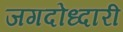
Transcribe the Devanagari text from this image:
जगदोध्दारी